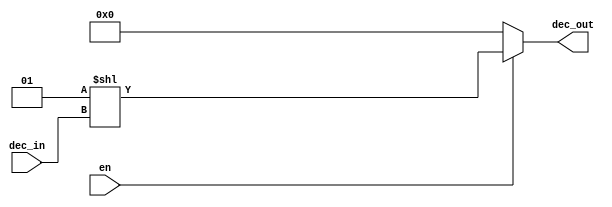
module Decoder5_32 (
    input en,
    input [4:0] dec_in, 
    output [31:0] dec_out
);

    assign dec_out = en?(1<<dec_in):0;
endmodule